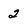
Character: 2